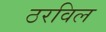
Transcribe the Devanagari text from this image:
ठरविल